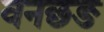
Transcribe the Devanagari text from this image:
वनछङ